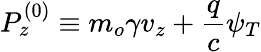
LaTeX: P_{z}^{\left(0\right)}\equiv m_{o}\gamma v_{z}+\frac{q}{c}\psi_{T}